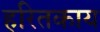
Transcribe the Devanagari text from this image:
हरितकाय